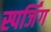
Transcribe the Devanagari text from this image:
स्पर्जिंग